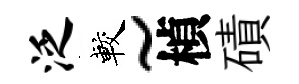
泛較~楨磧